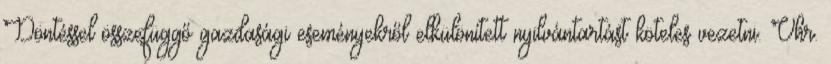
Döntéssel összefüggő gazdasági eseményekről elkülönített nyilvántartást köteles vezetni. Vhr.